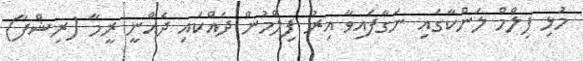
މުޅި ފިލްމް ލަންކާގައި ނަގާފައިވާ އިރު ފިލްމުން ދައްކައި ދެއްނީ ރީމާ (ރިޝްފާ)